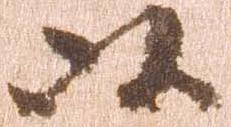
以